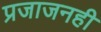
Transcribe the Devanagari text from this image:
प्रजाजनही